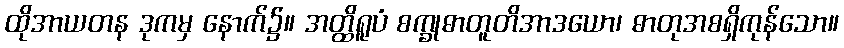
ထိုအာယတန ဒုကမှ နောက်၌။ အတ္ထိရူပံ စက္ခုဓာတူတိအာဒယော၊ ဓာတုအစရှိကုန်သော။